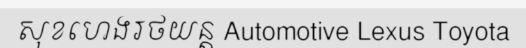
សុខហេងរថយន្ត Automotive Lexus Toyota